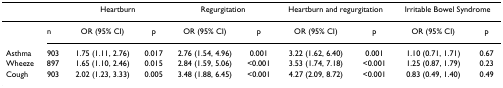
<table><thead><tr><td></td><td></td><td colspan="2"><b>Heartburn</b></td><td colspan="2"><b>Regurgitation</b></td><td colspan="2"><b>Heartburn and regurgitation</b></td><td colspan="2"><b>Irritable Bowel Syndrome</b></td></tr></thead><tbody><tr><td></td><td>n</td><td>OR (95% CI)</td><td>p</td><td>OR (95% CI)</td><td>p</td><td>OR (95% CI)</td><td>p</td><td>OR (95% CI)</td><td>p</td></tr><tr><td>Asthma</td><td>903</td><td>1.75 (1.11, 2.76)</td><td>0.017</td><td>2.76 (1.54, 4.96)</td><td>0.001</td><td>3.22 (1.62, 6.40)</td><td>0.001</td><td>1.10 (0.71, 1.71)</td><td>0.67</td></tr><tr><td>Wheeze</td><td>897</td><td>1.65 (1.10, 2.46)</td><td>0.015</td><td>2.84 (1.59, 5.06)</td><td>&lt;0.001</td><td>3.53 (1.74, 7.18)</td><td>&lt;0.001</td><td>1.25 (0.87, 1.79)</td><td>0.23</td></tr><tr><td>Cough</td><td>903</td><td>2.02 (1.23, 3.33)</td><td>0.005</td><td>3.48 (1.88, 6.45)</td><td>&lt;0.001</td><td>4.27 (2.09, 8.72)</td><td>&lt;0.001</td><td>0.83 (0.49, 1.40)</td><td>0.49</td></tr></tbody></table>